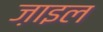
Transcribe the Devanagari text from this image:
ज़ाइल